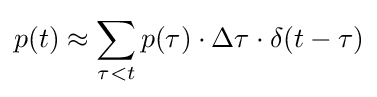
p(t)\approx \sum _{\tau <t}{p(\tau )\cdot \Delta \tau \cdot \delta }(t-\tau )